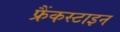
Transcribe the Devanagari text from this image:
फ्रैंकस्टाइन